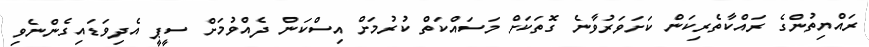
ރައްޔިތުންގެ ރައްކާތެރިކަން ކަށަވަރުވާނެ ގޮތަކަށް މަސައްކަތް ކުރުމަށް އިސްކަން ދެއްވުމަށް ސީޕީ އެދިވަޑައިގެންނެވި